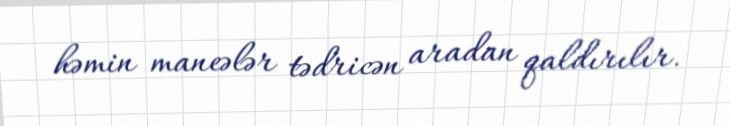
həmin maneələr tədricən aradan qaldırılır.